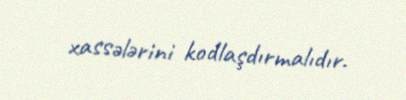
xassələrini kodlaşdırmalıdır.